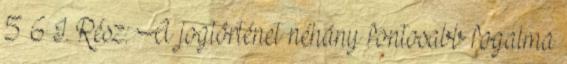
5 6 I. Rész: A jogtörténet néhány fontosabb fogalma